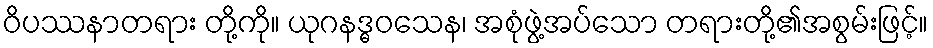
ဝိပဿနာတရား တို့ကို။ ယုဂနဒ္ဓဝသေန၊ အစုံဖွဲ့အပ်သော တရားတို့၏အစွမ်းဖြင့်။